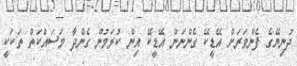
ދުނިޔޭގެ ފެންވަރަށް އޭޑީކޭ ގެންނަން އޭޑީކޭ އިން ކުރަމުން ގެންދާ މަސައްކަތް ތަަކަކީ